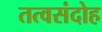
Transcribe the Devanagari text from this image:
तत्वसंदोह